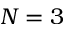
N = 3